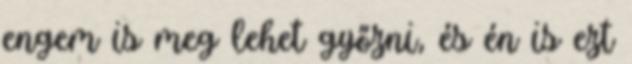
engem is meg lehet győzni, és én is ezt